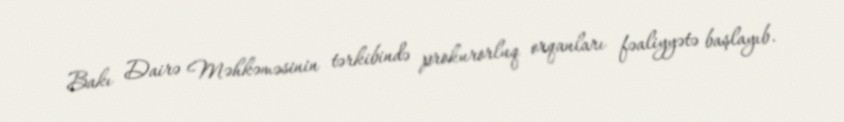
Bakı Dairə Məhkəməsinin tərkibində prokurorluq orqanları fəaliyyətə başlayıb.